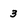
Character: 3